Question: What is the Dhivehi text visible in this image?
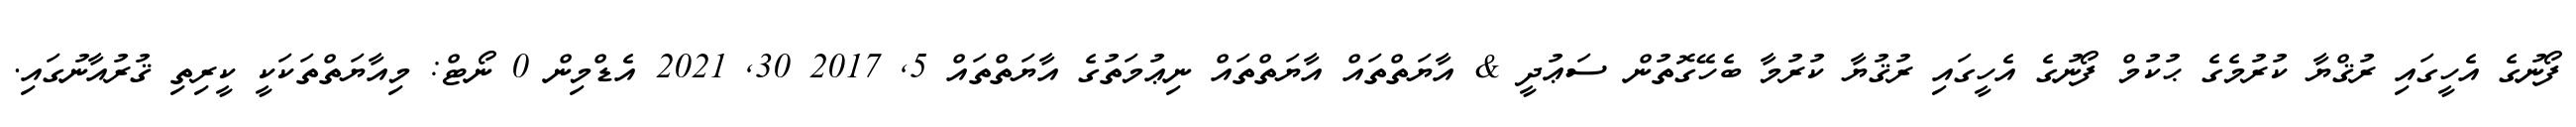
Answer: ފޯނުގެ އެހީގައި ރުޤްޔާ ކުރުމެގެ ޙުކުމް ފޯނުގެ އެހީގައި ރުޤުޔާ ކުރުމާ ބެހޭގޮތުން ސަޢުދީ & އާޔަތްތައް އާޔަތްތައް ނިޢުމަތުގެ އާޔަތްތައް 5, 2017 30, 2021 އެޑްމިން 0 ނޯޓް: މިއާޔަތްތަކަކީ ކީރިތި ޤުރުއާނުގައި.